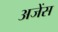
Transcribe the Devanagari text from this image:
अजेंस